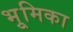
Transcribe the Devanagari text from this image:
भूुमिका